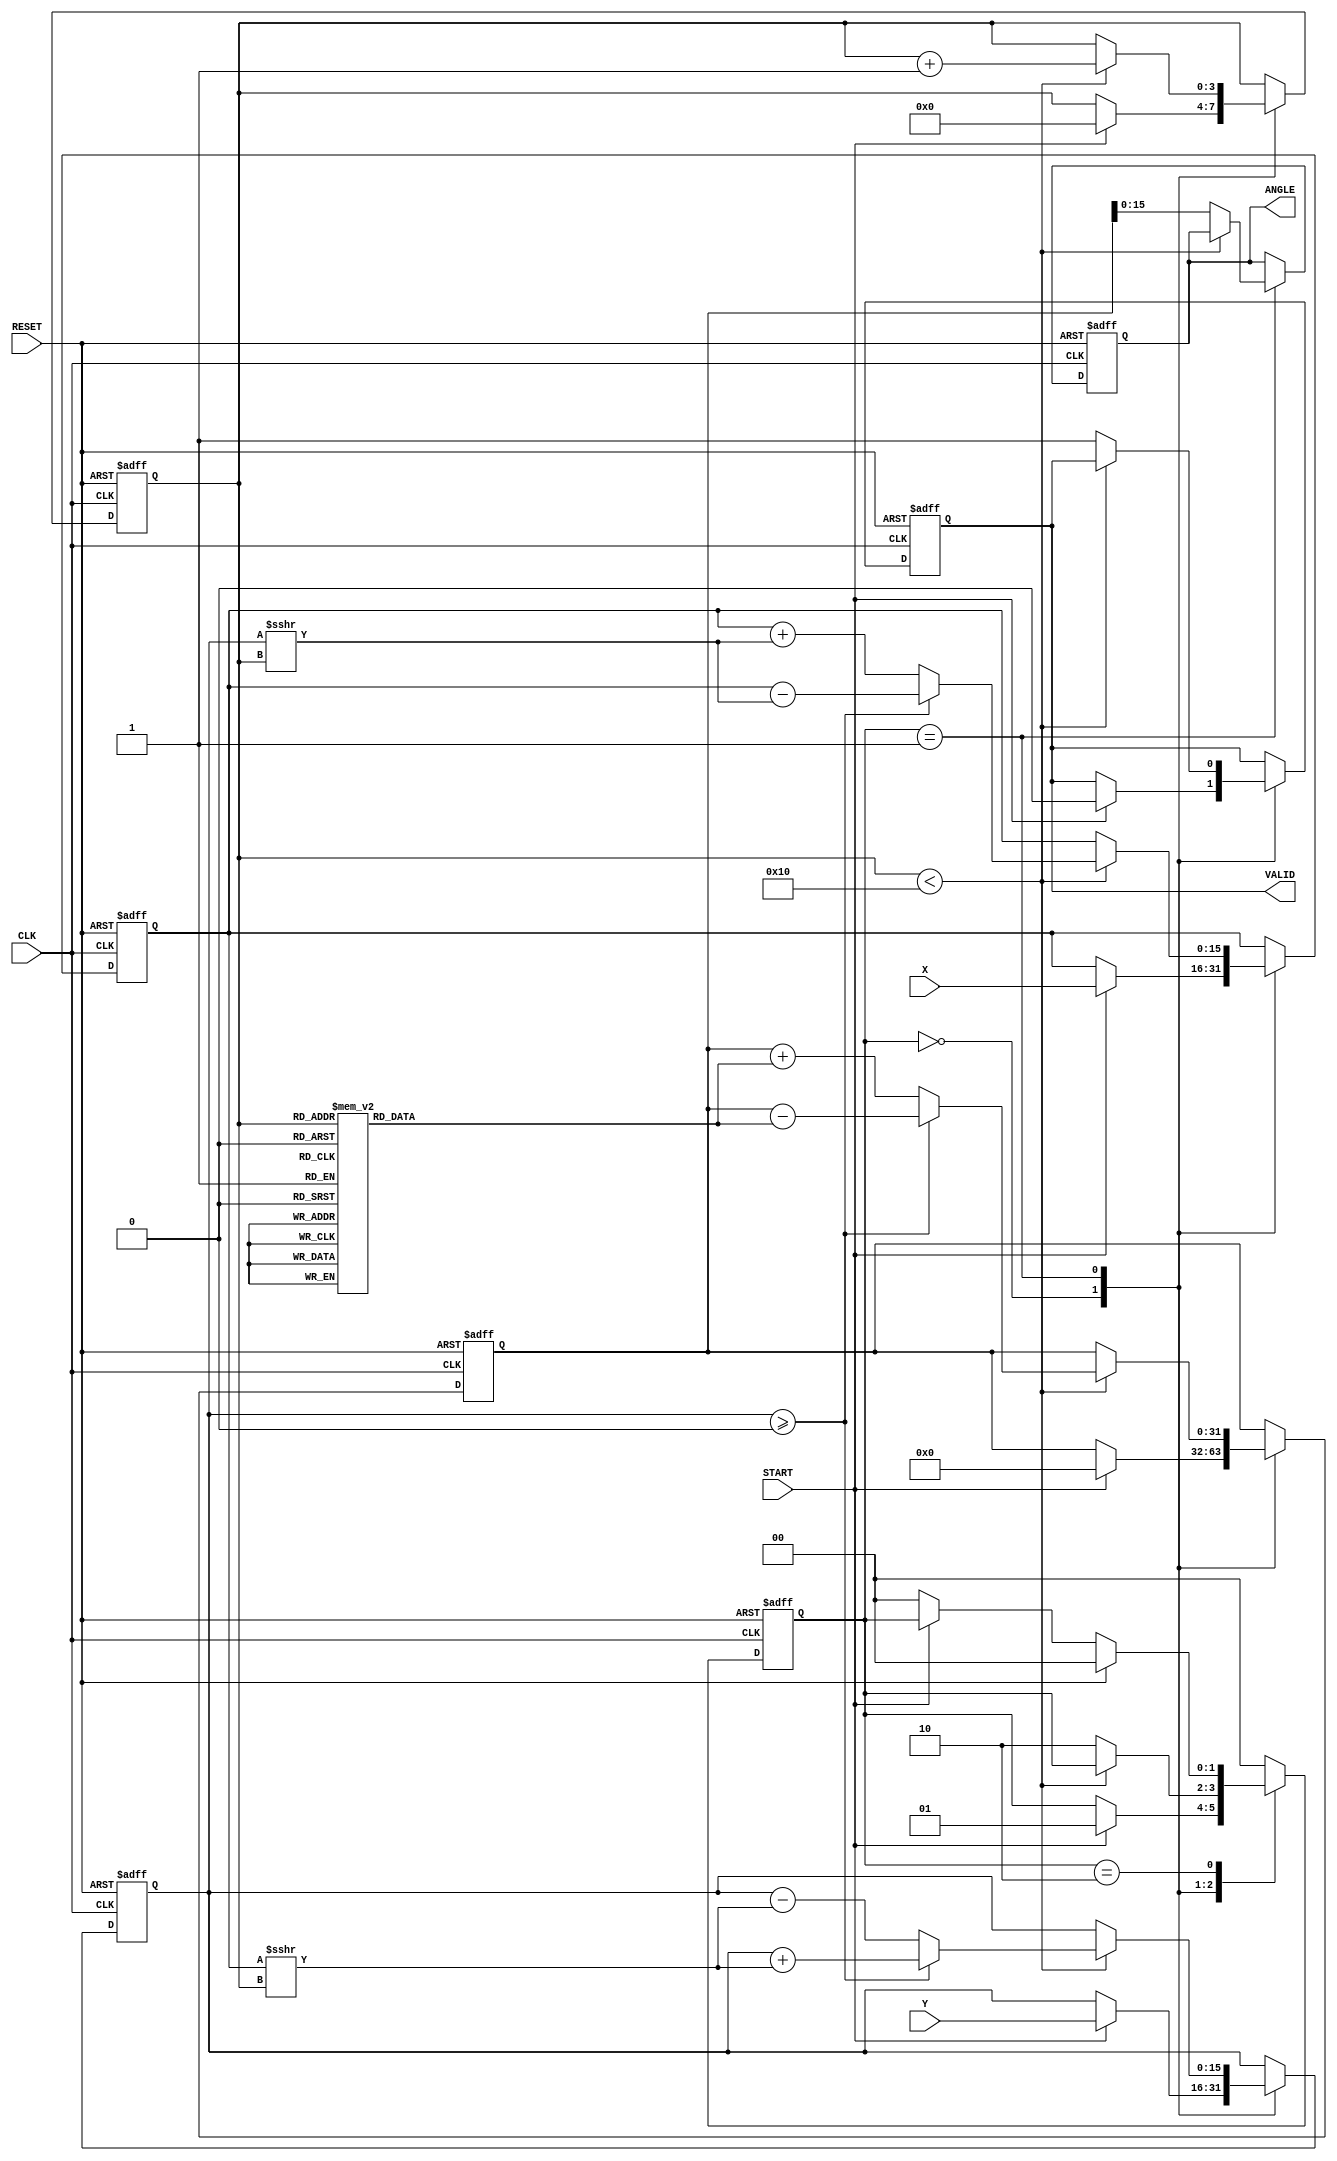
module vectoring_cordic (
    input signed [15:0] X,          // X-coordinate input
    input signed [15:0] Y,          // Y-coordinate input
    input CLK,                      // Clock signal
    input RESET,                    // Asynchronous reset
    input START,                    // Start signal
    output reg signed [15:0] ANGLE, // Computed angle output
    output reg VALID                // Output valid signal
);

    // Internal signals
    reg signed [15:0] X_reg, Y_reg; // Registers for X and Y coordinates
    reg signed [31:0] Z;             // Accumulating angle value
    reg [3:0] iter;                  // Iteration counter
    reg [1:0] state;                 // State machine: 0 - idle, 1 - compute, 2 - done

    // CORDIC angle lookup table (in fixed-point format)
    reg signed [31:0] atan_table [0:15];
    initial begin
        atan_table[0] = 32'h00000000; // atan(2^0)
        atan_table[1] = 32'h0000003F; // atan(2^-1)
        atan_table[2] = 32'h0000001A; // atan(2^-2)
        atan_table[3] = 32'h0000000D; // atan(2^-3)
        atan_table[4] = 32'h00000009; // atan(2^-4)
        atan_table[5] = 32'h00000005; // atan(2^-5)
        atan_table[6] = 32'h00000003; // atan(2^-6)
        atan_table[7] = 32'h00000002; // atan(2^-7)
        atan_table[8] = 32'h00000001; // atan(2^-8)
        atan_table[9] = 32'h00000001; // atan(2^-9)
        atan_table[10] = 32'h00000000; // atan(2^-10)
        atan_table[11] = 32'h00000000; // atan(2^-11)
        atan_table[12] = 32'h00000000; // atan(2^-12)
        atan_table[13] = 32'h00000000; // atan(2^-13)
        atan_table[14] = 32'h00000000; // atan(2^-14)
        atan_table[15] = 32'h00000000; // atan(2^-15)
    end

    // State machine
    localparam IDLE = 2'b00, COMPUTE = 2'b01, DONE = 2'b10;

    // Sequential logic for state transitions and computations
    always @(posedge CLK or posedge RESET) begin
        if (RESET) begin
            // Reset state
            X_reg <= 0;
            Y_reg <= 0;
            Z <= 0;
            iter <= 0;
            state <= IDLE;
            ANGLE <= 0;
            VALID <= 0;
        end else begin
            case (state)
                IDLE: begin
                    if (START) begin
                        // Initialize registers
                        X_reg <= X;
                        Y_reg <= Y;
                        Z <= 0;
                        iter <= 0;
                        state <= COMPUTE;
                        VALID <= 0;
                    end
                end

                COMPUTE: begin
                    if (iter < 16) begin
                        // CORDIC iteration logic
                        if (Y_reg >= 0) begin
                            X_reg <= X_reg - (Y_reg >>> iter);
                            Y_reg <= Y_reg + (X_reg >>> iter);
                            Z <= Z - atan_table[iter];
                        end else begin
                            X_reg <= X_reg + (Y_reg >>> iter);
                            Y_reg <= Y_reg - (X_reg >>> iter);
                            Z <= Z + atan_table[iter];
                        end
                        iter <= iter + 1;
                    end else begin
                        // Finish computation
                        ANGLE <= Z[15:0]; // Output the angle
                        VALID <= 1;
                        state <= DONE;
                    end
                end

                DONE: begin
                    // Wait for reset or new start signal
                    if (RESET) begin
                        state <= IDLE;
                    end else if (!START) begin
                        state <= IDLE;
                    end
                end

                default: state <= IDLE;
            endcase
        end
    end
endmodule